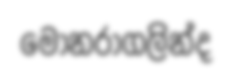
මොනරාගලින්ද